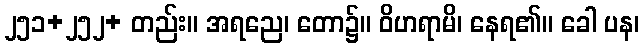
၂၅၁+၂၅၂+ တည်း။ အရညေ၊ တော၌။ ဝိဟရာမိ၊ နေရ၏။ ခေါ ပန၊